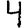
Digit: 4